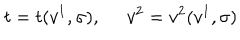
LaTeX: t = t ( v ^ { 1 } , \sigma ) , \ \; v ^ { 2 } = v ^ { 2 } ( v ^ { 1 } , \sigma )